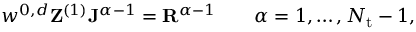
\begin{array} { r } { w ^ { 0 , d } \mathbf { Z } ^ { ( 1 ) } \mathbf { J } ^ { \alpha - 1 } = \mathbf { R } ^ { \alpha - 1 } \qquad \alpha = 1 , \ldots , N _ { \mathrm { t } } - 1 , } \end{array}